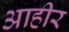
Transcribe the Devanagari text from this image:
आहीर